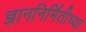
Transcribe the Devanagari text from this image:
ज्ञाननिर्मितीच्या